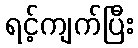
ရင့်ကျက်ပြီး